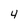
Character: 4